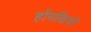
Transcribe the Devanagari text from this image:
होंगकियो